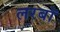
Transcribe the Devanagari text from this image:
लरबॉ